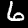
Label: 6